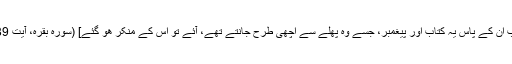
جب ان کے پاس یہ کتاب اور پیغمبر، جسے وہ پھلے سے اچھی طرح جانتے تھے، آئے تو اس کے منکر ھو گئے] (سورہ بقرہ، آیت 89)۔